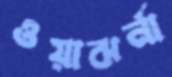
ওয়াঝর্না